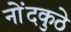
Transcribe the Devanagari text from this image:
नोंदकुठे